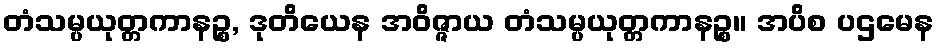
တံသမ္ပယုတ္တကာနဉ္စ, ဒုတိယေန အဝိဇ္ဇာယ တံသမ္ပယုတ္တကာနဉ္စ။ အပိစ ပဌမေန